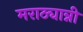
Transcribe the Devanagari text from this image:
मराठ्यान्नी